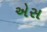
એસ